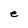
Character: e